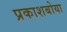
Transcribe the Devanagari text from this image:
प्रकाशबोया